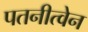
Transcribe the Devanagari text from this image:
पतनीत्वेन